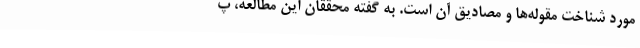
مورد شناخت مقوله‌ها و مصادیق آن است. به گفته محققان این مطالعه، پ